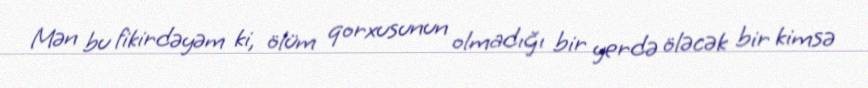
Mən bu fikirdəyəm ki, ölüm qorxusunun olmadığı bir yerdə öləcək bir kimsə